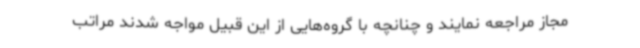
مجاز مراجعه نمایند و چنانچه با گروه‌هایی از این قبیل مواجه شدند مراتب